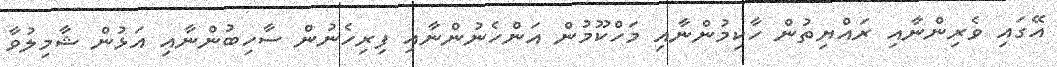
އޭގައި ވެރިންނާއި ރައްޔިތުން ހާކިމުންނާއި މަހްކޫމުން އަންހެނުންނާއި ފިރިހެނުން ސާހިބުންނާއި އަޅުން ޝާމިލުވާ